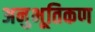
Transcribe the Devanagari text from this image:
अनुभूतिकण